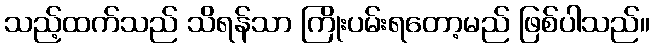
သည့်ထက်သည် သိရန်သာ ကြိုးပမ်းရတော့မည် ဖြစ်ပါသည်။